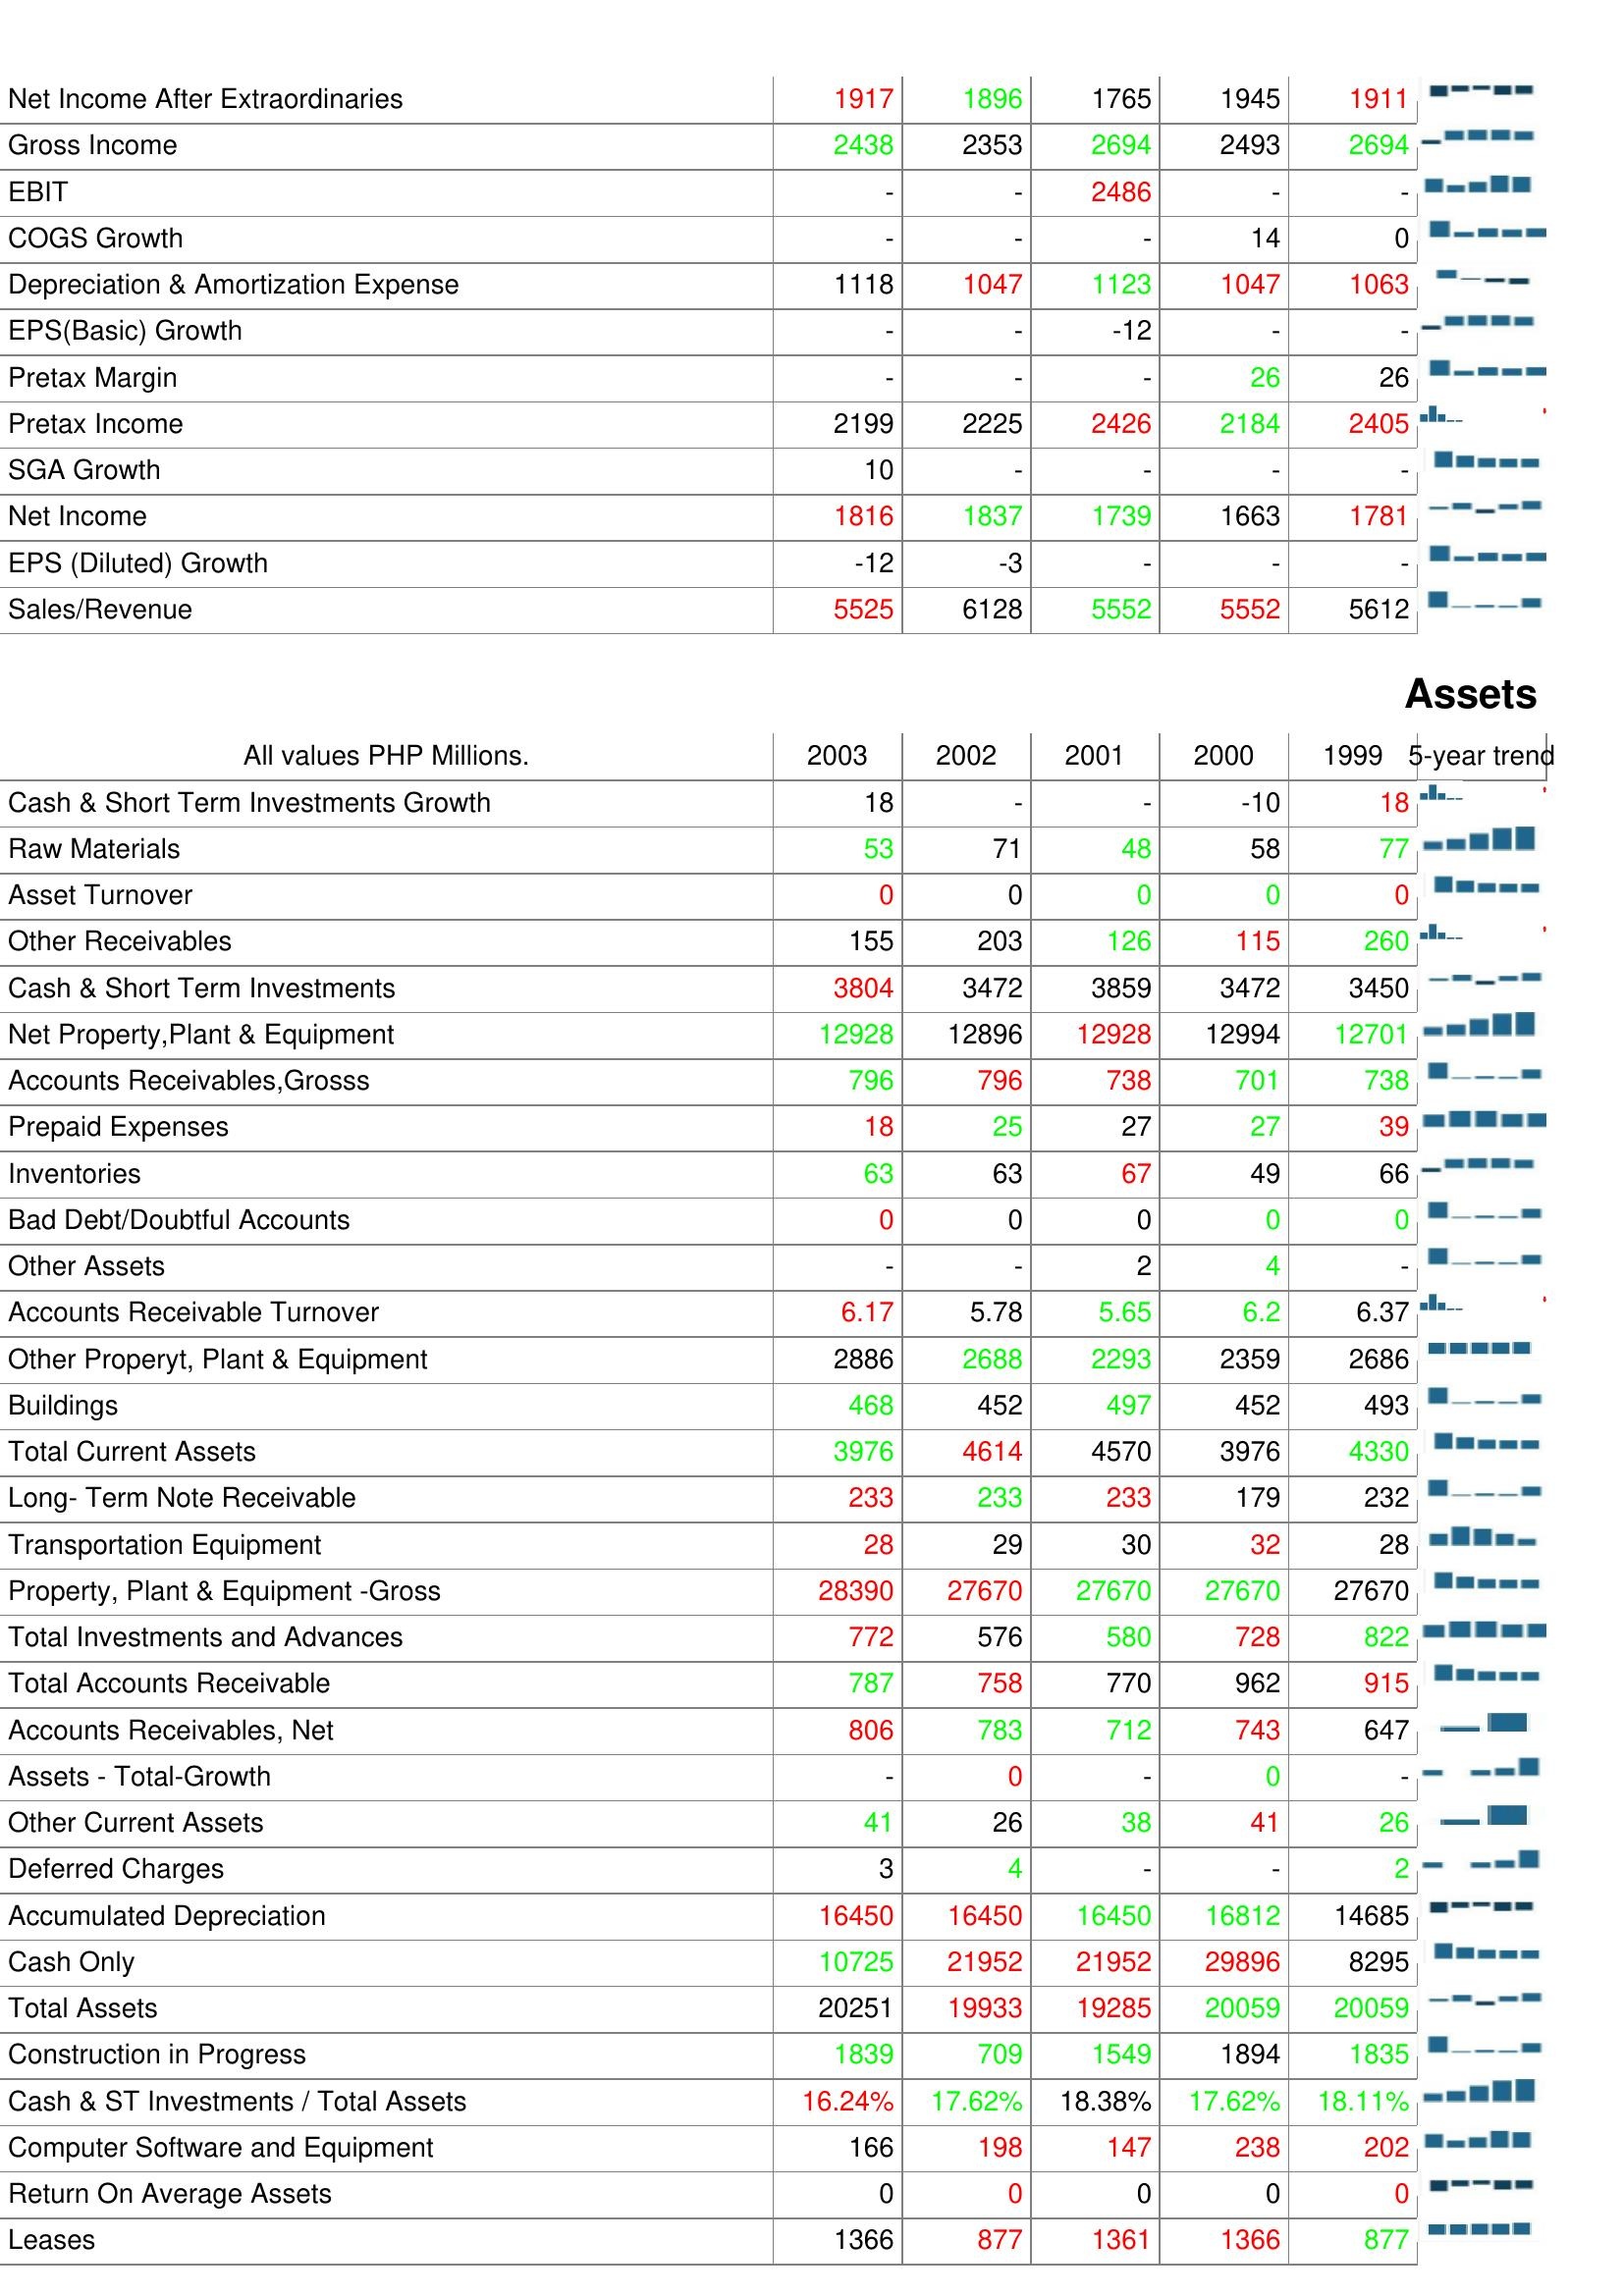
2003: : Net Income After Extraordinaries: 1917
Gross Income: 2438
EBIT: -
COGS Growth: -
Depreciation & Amortization Expense: 1118
EPS(Basic) Growth: -
Pretax Margin: -
Pretax Income: 2199
SGA Growth: 10
Net Income: 1816
EPS (Diluted) Growth: -12
Sales/Revenue: 5525
Assets: Cash & Short Term Investments Growth: 18
Raw Materials: 53
Asset Turnover: 0
Other Receivables: 155
Cash & Short Term Investments: 3804
Net Property,Plant & Equipment: 12928
Accounts Receivables,Grosss: 796
Prepaid Expenses: 18
Inventories: 63
Bad Debt/Doubtful Accounts: 0
Other Assets: -
Accounts Receivable Turnover: 6.17
Other Properyt, Plant & Equipment: 2886
Buildings: 468
Total Current Assets: 3976
Long- Term Note Receivable: 233
Transportation Equipment: 28
Property, Plant & Equipment -Gross: 28390
Total Investments and Advances: 772
Total Accounts Receivable: 787
Accounts Receivables, Net: 806
Assets - Total-Growth: -
Other Current Assets: 41
Deferred Charges: 3
Accumulated Depreciation: 16450
Cash Only: 10725
Total Assets: 20251
Construction in Progress: 1839
Cash & ST Investments / Total Assets: 16.24%
Computer Software and Equipment: 166
Return On Average Assets: 0
Leases: 1366
2002: : Net Income After Extraordinaries: 1896
Gross Income: 2353
EBIT: -
COGS Growth: -
Depreciation & Amortization Expense: 1047
EPS(Basic) Growth: -
Pretax Margin: -
Pretax Income: 2225
SGA Growth: -
Net Income: 1837
EPS (Diluted) Growth: -3
Sales/Revenue: 6128
Assets: Cash & Short Term Investments Growth: -
Raw Materials: 71
Asset Turnover: 0
Other Receivables: 203
Cash & Short Term Investments: 3472
Net Property,Plant & Equipment: 12896
Accounts Receivables,Grosss: 796
Prepaid Expenses: 25
Inventories: 63
Bad Debt/Doubtful Accounts: 0
Other Assets: -
Accounts Receivable Turnover: 5.78
Other Properyt, Plant & Equipment: 2688
Buildings: 452
Total Current Assets: 4614
Long- Term Note Receivable: 233
Transportation Equipment: 29
Property, Plant & Equipment -Gross: 27670
Total Investments and Advances: 576
Total Accounts Receivable: 758
Accounts Receivables, Net: 783
Assets - Total-Growth: 0
Other Current Assets: 26
Deferred Charges: 4
Accumulated Depreciation: 16450
Cash Only: 21952
Total Assets: 19933
Construction in Progress: 709
Cash & ST Investments / Total Assets: 17.62%
Computer Software and Equipment: 198
Return On Average Assets: 0
Leases: 877
2001: : Net Income After Extraordinaries: 1765
Gross Income: 2694
EBIT: 2486
COGS Growth: -
Depreciation & Amortization Expense: 1123
EPS(Basic) Growth: -12
Pretax Margin: -
Pretax Income: 2426
SGA Growth: -
Net Income: 1739
EPS (Diluted) Growth: -
Sales/Revenue: 5552
Assets: Cash & Short Term Investments Growth: -
Raw Materials: 48
Asset Turnover: 0
Other Receivables: 126
Cash & Short Term Investments: 3859
Net Property,Plant & Equipment: 12928
Accounts Receivables,Grosss: 738
Prepaid Expenses: 27
Inventories: 67
Bad Debt/Doubtful Accounts: 0
Other Assets: 2
Accounts Receivable Turnover: 5.65
Other Properyt, Plant & Equipment: 2293
Buildings: 497
Total Current Assets: 4570
Long- Term Note Receivable: 233
Transportation Equipment: 30
Property, Plant & Equipment -Gross: 27670
Total Investments and Advances: 580
Total Accounts Receivable: 770
Accounts Receivables, Net: 712
Assets - Total-Growth: -
Other Current Assets: 38
Deferred Charges: -
Accumulated Depreciation: 16450
Cash Only: 21952
Total Assets: 19285
Construction in Progress: 1549
Cash & ST Investments / Total Assets: 18.38%
Computer Software and Equipment: 147
Return On Average Assets: 0
Leases: 1361
2000: : Net Income After Extraordinaries: 1945
Gross Income: 2493
EBIT: -
COGS Growth: 14
Depreciation & Amortization Expense: 1047
EPS(Basic) Growth: -
Pretax Margin: 26
Pretax Income: 2184
SGA Growth: -
Net Income: 1663
EPS (Diluted) Growth: -
Sales/Revenue: 5552
Assets: Cash & Short Term Investments Growth: -10
Raw Materials: 58
Asset Turnover: 0
Other Receivables: 115
Cash & Short Term Investments: 3472
Net Property,Plant & Equipment: 12994
Accounts Receivables,Grosss: 701
Prepaid Expenses: 27
Inventories: 49
Bad Debt/Doubtful Accounts: 0
Other Assets: 4
Accounts Receivable Turnover: 6.2
Other Properyt, Plant & Equipment: 2359
Buildings: 452
Total Current Assets: 3976
Long- Term Note Receivable: 179
Transportation Equipment: 32
Property, Plant & Equipment -Gross: 27670
Total Investments and Advances: 728
Total Accounts Receivable: 962
Accounts Receivables, Net: 743
Assets - Total-Growth: 0
Other Current Assets: 41
Deferred Charges: -
Accumulated Depreciation: 16812
Cash Only: 29896
Total Assets: 20059
Construction in Progress: 1894
Cash & ST Investments / Total Assets: 17.62%
Computer Software and Equipment: 238
Return On Average Assets: 0
Leases: 1366
1999: : Net Income After Extraordinaries: 1911
Gross Income: 2694
EBIT: -
COGS Growth: 0
Depreciation & Amortization Expense: 1063
EPS(Basic) Growth: -
Pretax Margin: 26
Pretax Income: 2405
SGA Growth: -
Net Income: 1781
EPS (Diluted) Growth: -
Sales/Revenue: 5612
Assets: Cash & Short Term Investments Growth: 18
Raw Materials: 77
Asset Turnover: 0
Other Receivables: 260
Cash & Short Term Investments: 3450
Net Property,Plant & Equipment: 12701
Accounts Receivables,Grosss: 738
Prepaid Expenses: 39
Inventories: 66
Bad Debt/Doubtful Accounts: 0
Other Assets: -
Accounts Receivable Turnover: 6.37
Other Properyt, Plant & Equipment: 2686
Buildings: 493
Total Current Assets: 4330
Long- Term Note Receivable: 232
Transportation Equipment: 28
Property, Plant & Equipment -Gross: 27670
Total Investments and Advances: 822
Total Accounts Receivable: 915
Accounts Receivables, Net: 647
Assets - Total-Growth: -
Other Current Assets: 26
Deferred Charges: 2
Accumulated Depreciation: 14685
Cash Only: 8295
Total Assets: 20059
Construction in Progress: 1835
Cash & ST Investments / Total Assets: 18.11%
Computer Software and Equipment: 202
Return On Average Assets: 0
Leases: 877